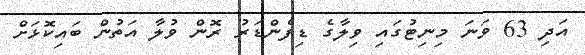
އަދި 63 ވަނަ މިނިޓުގައި ވިލާގެ ޑިފެންޑަރު ރޮން ވުލާ އަތުން ބައިކޮޅަށް